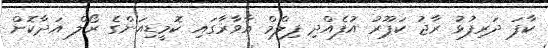
ކާފަ ދަރިފުޅު ރާޖު ކަޕޫރު އުފެއްދި ފިލްމް އާވާރާގައި ކޮމީޑިއަންގެ ރޯލް އަދާކޮށް